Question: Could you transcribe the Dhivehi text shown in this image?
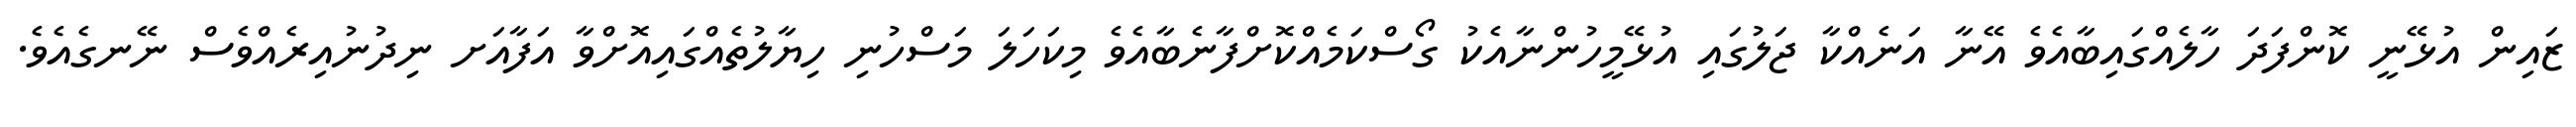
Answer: ޒައިން އުޅޭނީ ކޮންފަދަ ހާލެއްގައިބާއެވެ އޭނާ އަނެއްކާ ޖަލުގައި އުޅޭމީހުންނާއެކު ގޯސްކަމެއްކޮށްފާނެބާއެވެ މިކަހަލަ މަސްހުނި ހިޔާލުތެއްގައިއޮށްވާ އަފާއަށ ނިދުނުއިރެއްވެސް ނޭނގެއެވެ.